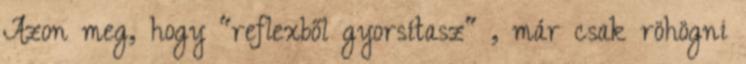
Azon meg, hogy "reflexből gyorsítasz" , már csak röhögni